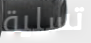
تسلية